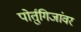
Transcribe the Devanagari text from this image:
पोर्तुगिजांवर